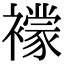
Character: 𧞑